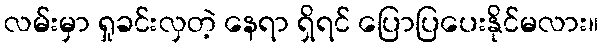
လမ်းမှာ ရှုခင်းလှတဲ့ နေရာ ရှိရင် ပြောပြပေးနိုင်မလား။